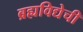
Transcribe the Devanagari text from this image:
ब्रह्यविद्येची